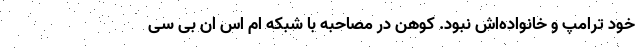
خود ترامپ و خانواده‌اش نبود. کوهن در مصاحبه با شبکه ام اس ان بی سی